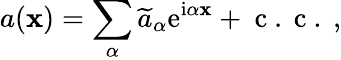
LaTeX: a(\mathbf{x})=\sum_{\alpha}\widetilde{{a}}_{\alpha}\mathrm{{e}}^{\mathrm{{i}}\alpha\mathbf{x}}+\mathrm{{~c~.~c~.~}},